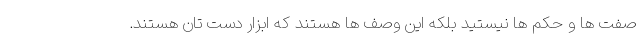
صفت ها و حکم ها نیستید بلکه این وصف ها هستند که ابزار دست تان هستند.